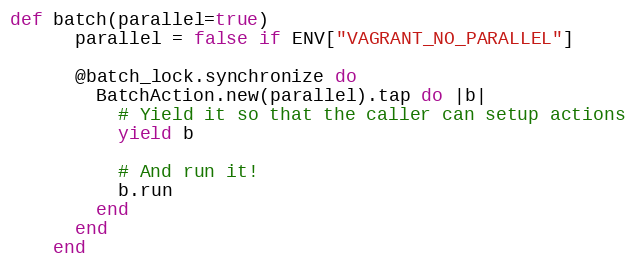
Language: Ruby
def batch(parallel=true)
      parallel = false if ENV["VAGRANT_NO_PARALLEL"]

      @batch_lock.synchronize do
        BatchAction.new(parallel).tap do |b|
          # Yield it so that the caller can setup actions
          yield b

          # And run it!
          b.run
        end
      end
    end